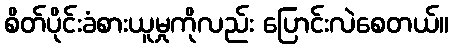
စိတ်ပိုင်းခံစားယူမှုကိုလည်း ပြောင်းလဲစေတယ်။